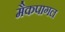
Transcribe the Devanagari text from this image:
मैकपागल